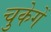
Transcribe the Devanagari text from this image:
चुकेगें